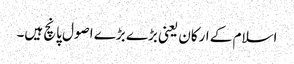
اسلام کے ارکان یعنی بڑے بڑے اصول پانچ ہیں۔